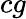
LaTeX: cg